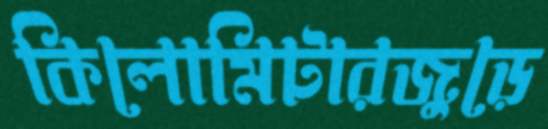
কিলোমিটারজুড়ে